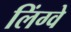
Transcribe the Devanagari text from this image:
लिंग्वे